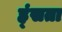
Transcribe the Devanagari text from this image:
ह्ंसता